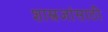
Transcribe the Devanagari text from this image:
शास्त्रज्ञांसाठी